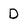
Character: D